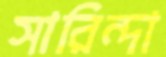
সারিন্দা